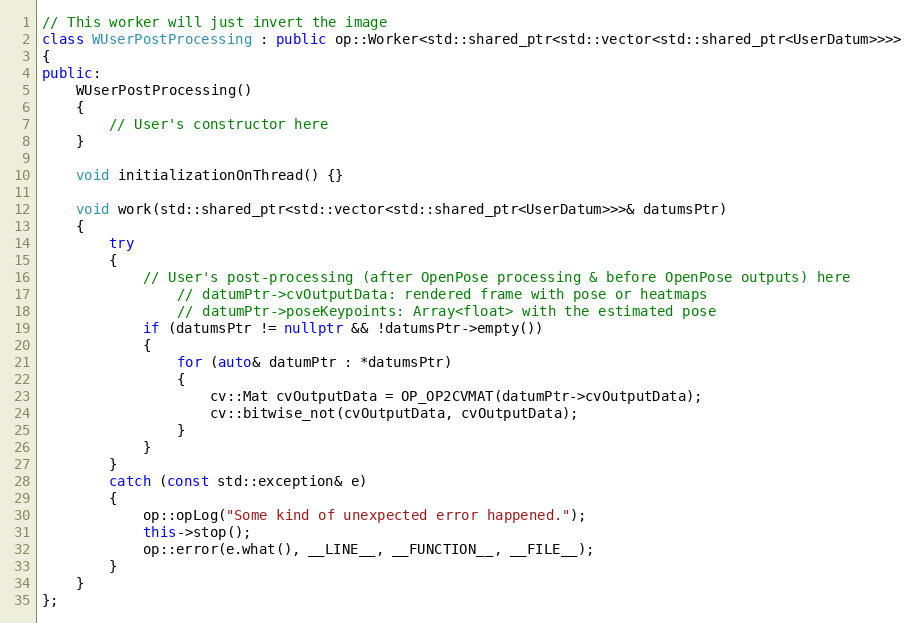
Language: C++
// This worker will just invert the image
class WUserPostProcessing : public op::Worker<std::shared_ptr<std::vector<std::shared_ptr<UserDatum>>>>
{
public:
    WUserPostProcessing()
    {
        // User's constructor here
    }

    void initializationOnThread() {}

    void work(std::shared_ptr<std::vector<std::shared_ptr<UserDatum>>>& datumsPtr)
    {
        try
        {
            // User's post-processing (after OpenPose processing & before OpenPose outputs) here
                // datumPtr->cvOutputData: rendered frame with pose or heatmaps
                // datumPtr->poseKeypoints: Array<float> with the estimated pose
            if (datumsPtr != nullptr && !datumsPtr->empty())
            {
                for (auto& datumPtr : *datumsPtr)
                {
                    cv::Mat cvOutputData = OP_OP2CVMAT(datumPtr->cvOutputData);
                    cv::bitwise_not(cvOutputData, cvOutputData);
                }
            }
        }
        catch (const std::exception& e)
        {
            op::opLog("Some kind of unexpected error happened.");
            this->stop();
            op::error(e.what(), __LINE__, __FUNCTION__, __FILE__);
        }
    }
};